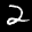
Label: 2